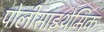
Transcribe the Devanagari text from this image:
पोलीसाइथेमिक